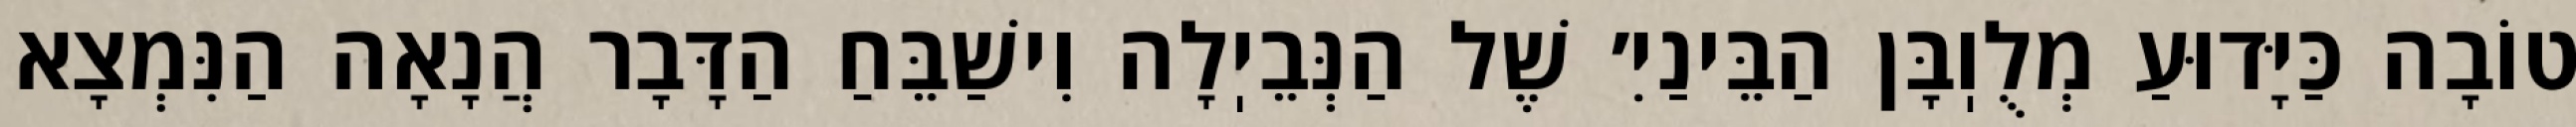
טוֹבָה כַּיָּדוּעַ מְלֻוֽבָּן הַבֵּינַיִ׳ שֶׁל הַנְּבֵיֽלָה וִישַׁבֵּחַ הַדָּבָר הֲנָאָה הַנִּמְצָא